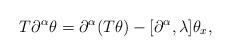
LaTeX: \begin{align*}T\partial^\alpha\theta =\partial^\alpha(T\theta) - [\partial^\alpha, \lambda]\theta_x,\end{align*}